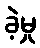
ခဲ့မှု